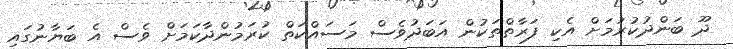
ދޫ ބަންދުކުރުމަށް އެކި ފަރާތްތަކުން އަބަދުވެސް މަސައްކަތް ކުރަމުންދާކަމަށް ވެސް އެ ބަޔާނުގައި